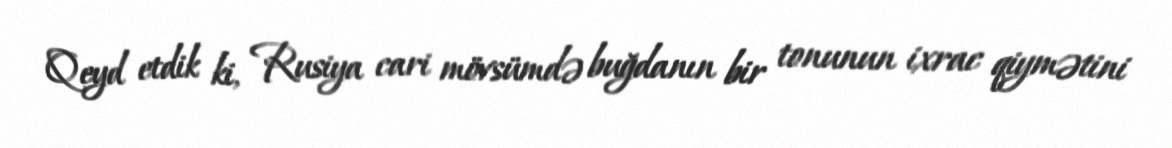
Qeyd etdik ki, Rusiya cari mövsümdə buğdanın bir tonunun ixrac qiymətini